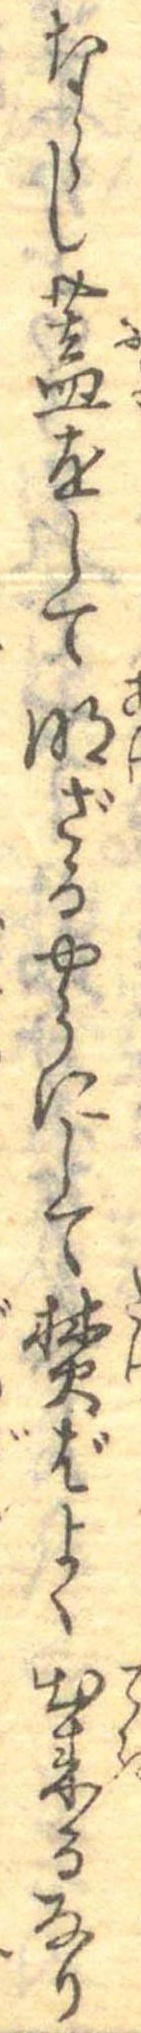
ならし蓋をして明ざるやうにして焚ばよく出来るなり